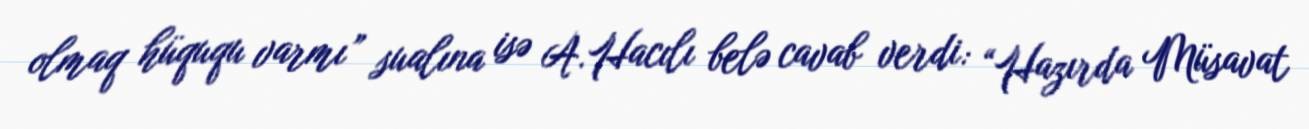
olmaq hüququ varmı” sualına isə A.Hacılı belə cavab verdi: “Hazırda Müsavat